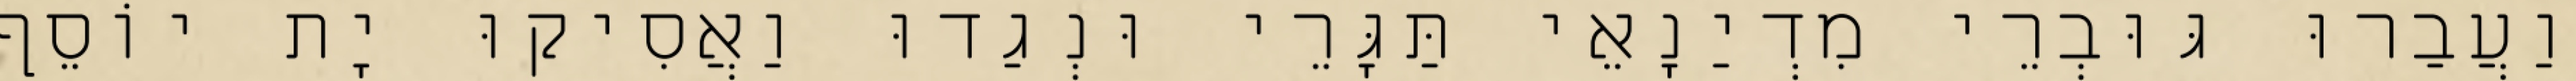
וַעֲבַרוּ גּוּבְרֵי מִדְיַנָאֵי תַּגָּרֵי וּנְגַדוּ וַאֲסִיקוּ יָת יוֹסֵף